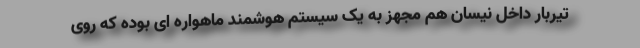
تیربار داخل نیسان هم مجهز به یک سیستم هوشمند ماهواره ای بوده که روی